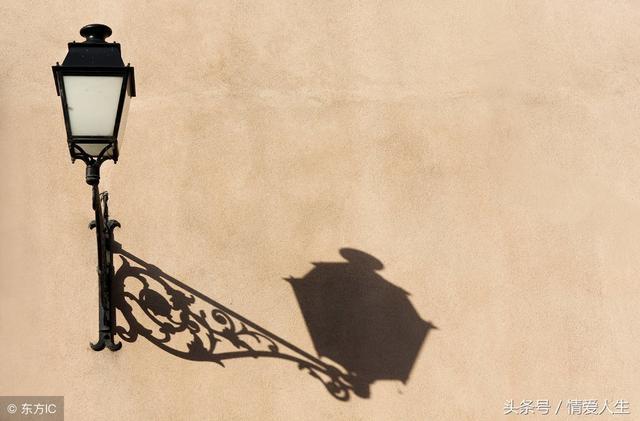
若为化得身千亿，散上峰头望故乡。